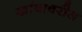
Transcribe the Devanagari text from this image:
खांबावरील